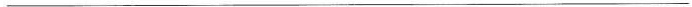
___